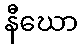
နီဃော